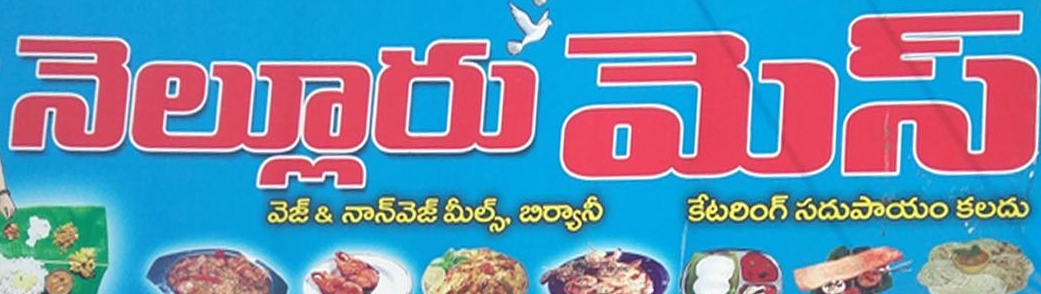
Language: telugu
Transcription: నాన్ వెజ్ మీల్స్, మెస్ బిర్యానీ కేటరింగ్ సదుపాయం కలదు నెల్లూరు